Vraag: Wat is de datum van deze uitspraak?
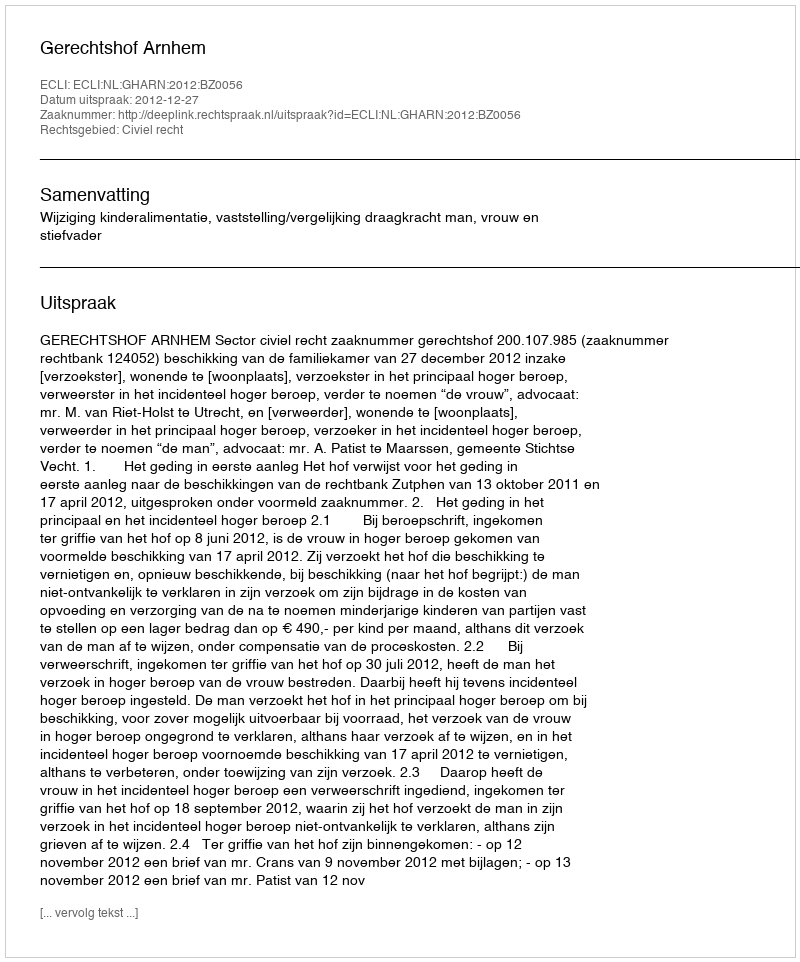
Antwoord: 2012-12-27